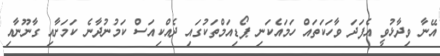
އޭނާ ވިދާޅުވީ އެފަދަ ވާހަކަތައް ހަމައެކަނި ޕޯޑިއަމްތަކުގައި ދެއްކިއަސް ކަމުނުދާނެ ކަމަށާއި ގާނޫނާއި